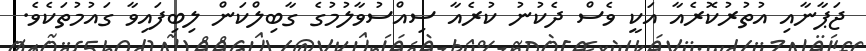
ޖަޕާނާއި އުތުރުކޮރެއާ އަކީ ވެސް ދެކުނު ކުރެއާ ސިއްސުވާލުމުގެ ގާބިލްކަން ލިބިފައިވާ ގައުމުތަކެވެ.